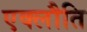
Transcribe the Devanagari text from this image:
एक्लौति